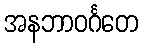
အနဘာဝင်္ဂတေ